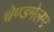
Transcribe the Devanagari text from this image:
चेण्डमेलम